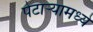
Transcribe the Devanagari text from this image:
पेटाऱ्यामध्ये